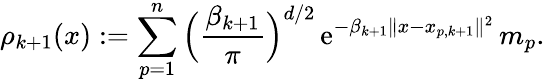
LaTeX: \rho_{k+1}(x):=\sum_{p=1}^{n}\Big(\frac{\beta_{k+1}}{\pi}\Big)^{d/2}\, \mathrm{e}^{-\beta_{k+1}\| x-x_{p,k+1}\| ^{2}}\, m_{p}.